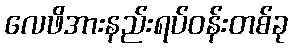
လေဖိအားနည်းရပ်ဝန်းတစ်ခု